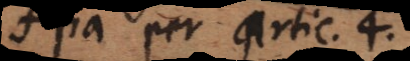
a per artic. 4.